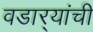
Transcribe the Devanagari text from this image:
वडार्‍यांची